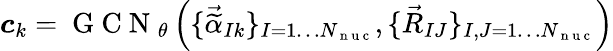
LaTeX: {\boldsymbol{c}}_{k}=\mathrm{~G~C~N~}_{\theta}\left(\{ \vec{\widetilde{\alpha}}_{Ik}\} _{I=1\dots{N_{\mathrm{~n~u~c~}}}},\{ \vec{R}_{IJ}\} _{I,J=1\dots{N_{\mathrm{~n~u~c~}}}}\right)